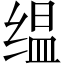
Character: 缊